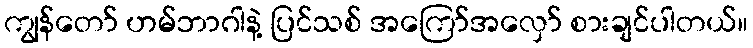
ကျွန်တော် ဟမ်ဘာဂါနဲ့ ပြင်သစ် အကြော်အလှော် စားချင်ပါတယ်။